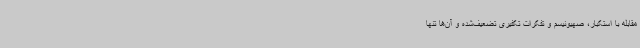
مقابله با استکبار، صهیونیسم و تفکرات تکفیری تضعیف‌شده و آن‌ها تنها